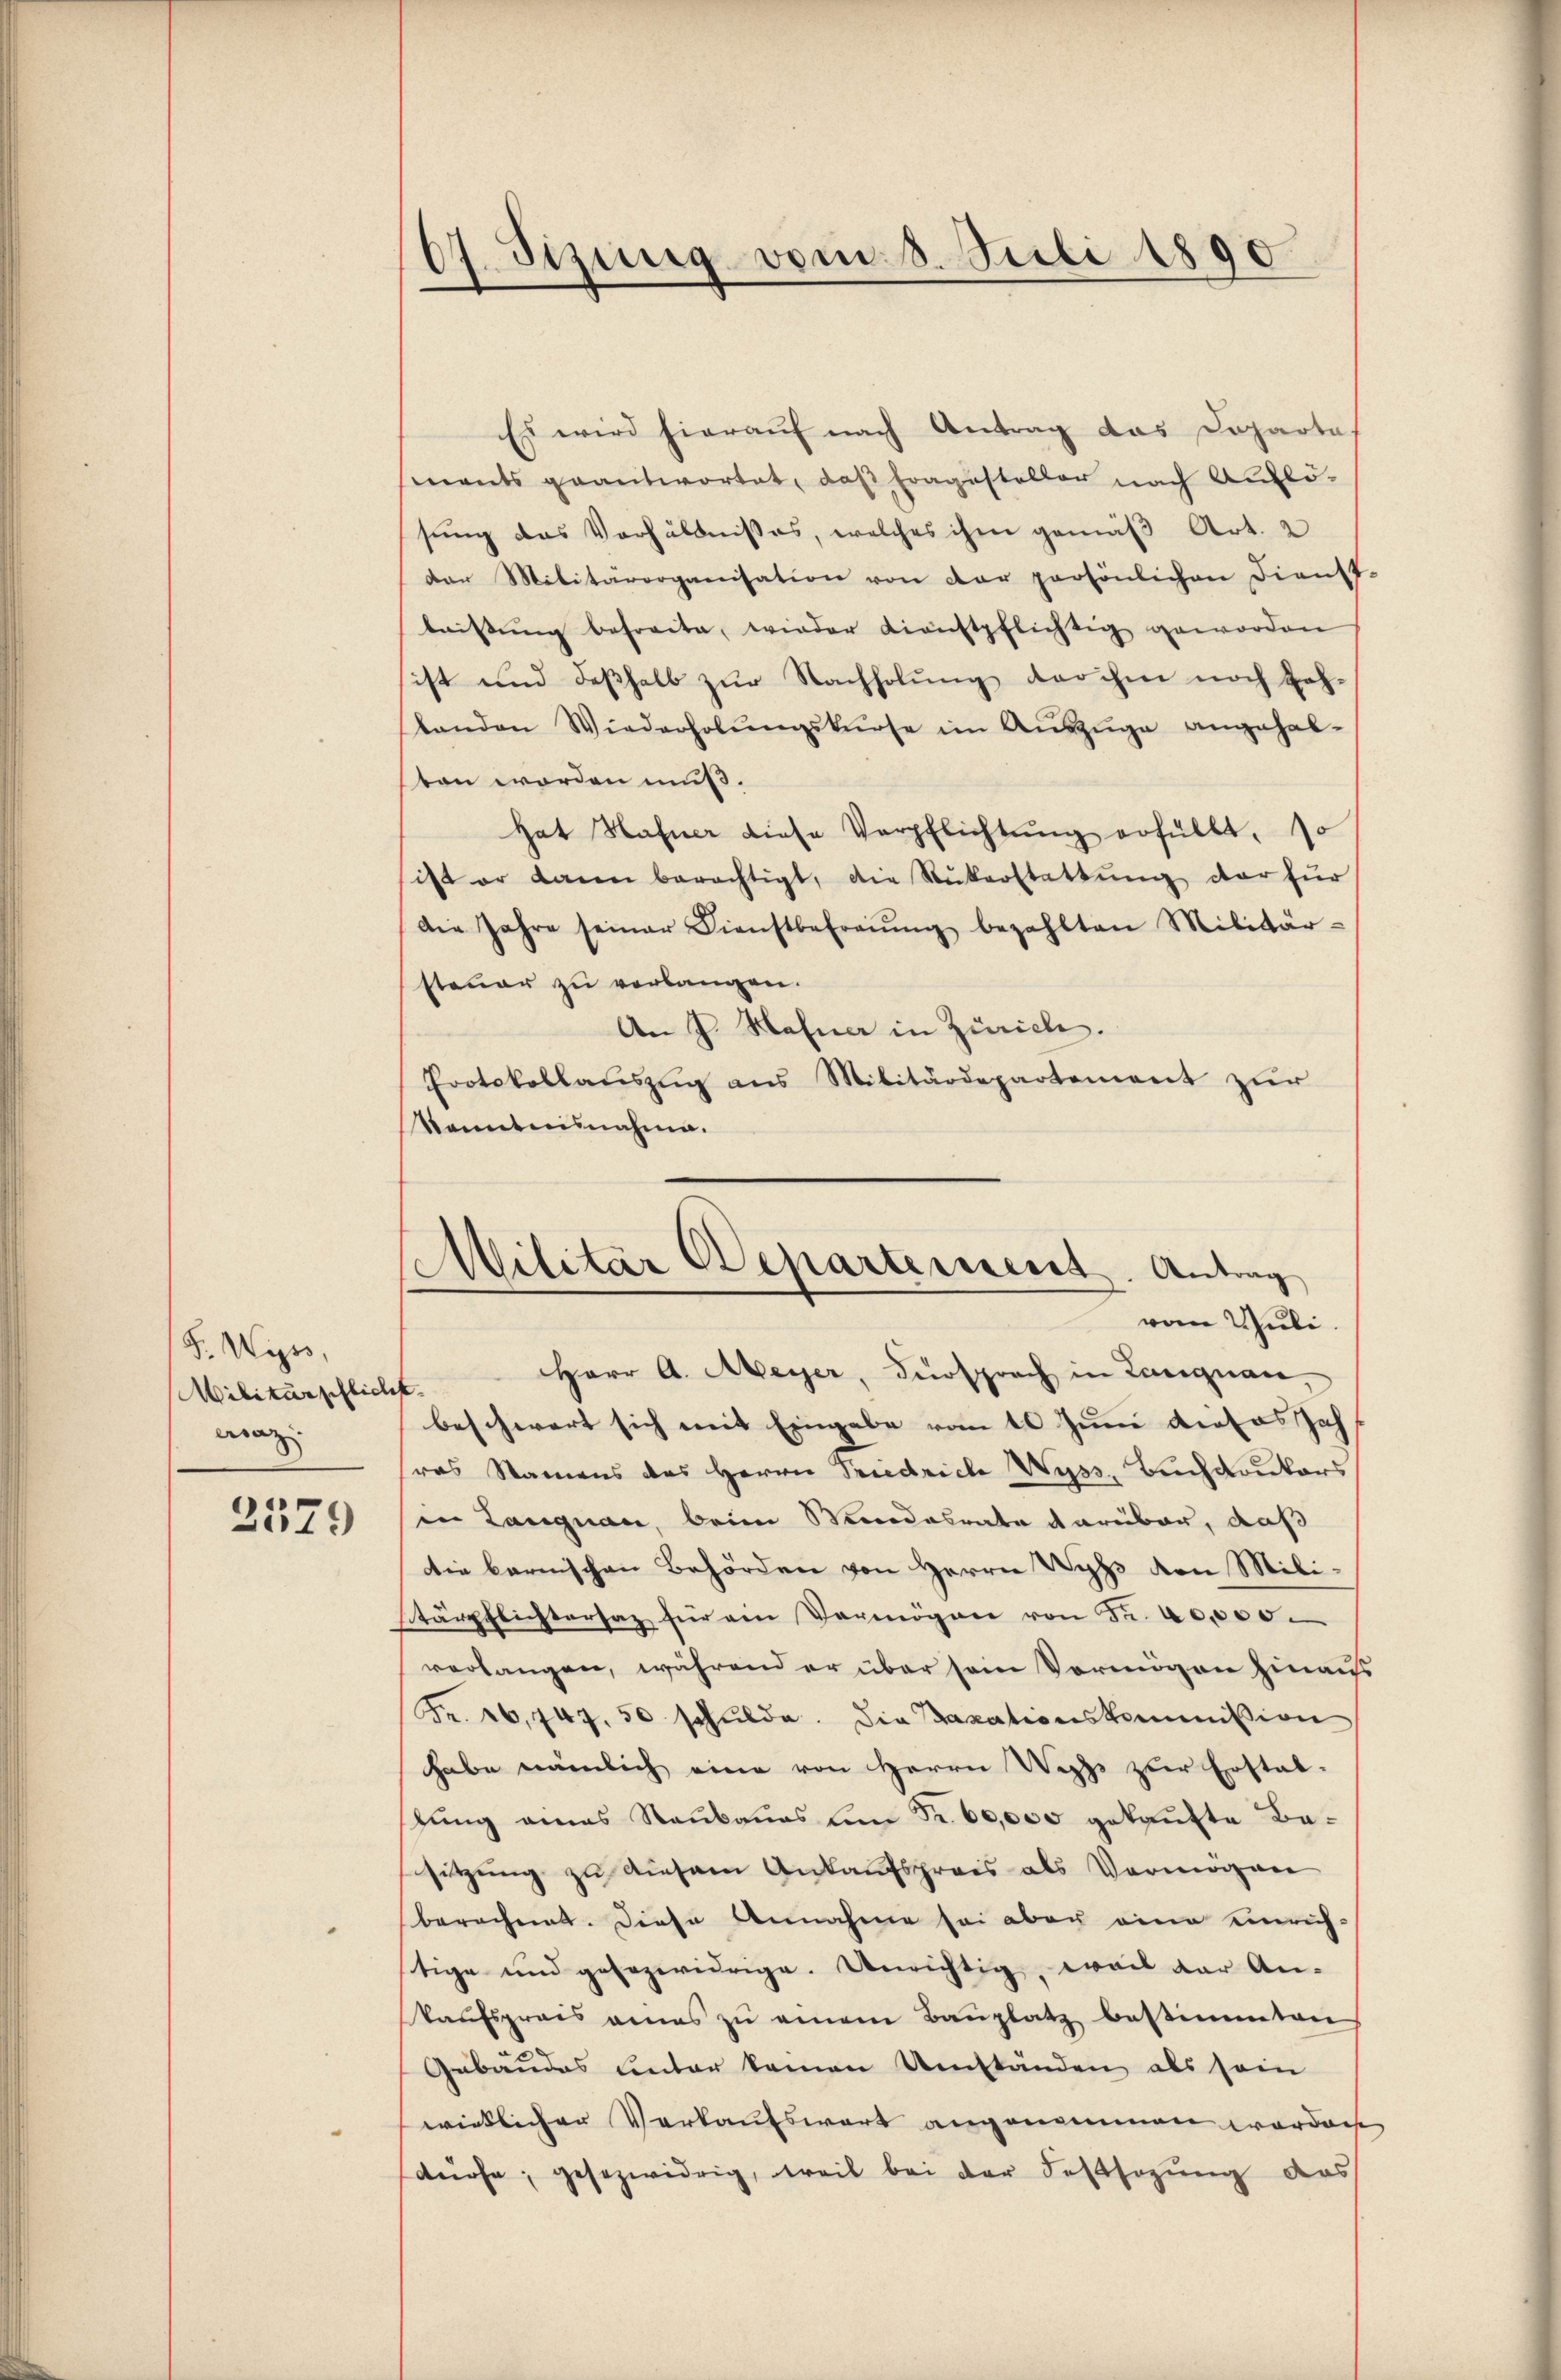
F. Wyss,
Militärpflich
waz.

2579

67. Sizung vom 8. Juli 1890

Es wird hierauf nach Antrag das Departa
ments geantwortet, daß Fragesteller nach Auflö-
sŭng das Verhältnisses, welches ihm gemäβ Art. 2
der Militärorganisation von der persönlichen Dienst.
leistŭng befreite, wieder dienstpflichtig geworden
ist und deßhalb zŭr Nachholŭng der ihm noch Zah-
landen Wiederholŭngskurse im Auszüge angehal-
ton worden muß.
Hat Hafner diese Verpflichtŭng erfüllt, so
sist er dann berechtigt, die Rükerstattŭng der für
Die Jahre seiner Dienstbefreŭng bezahlten Militär-
steuer zu verlangen.
An J. Hafner in Zürich.
Protokollaŭszŭg ans Militärdepartement zŭr
kenntnisnahme.
Herr A. Meyer, Fürsprach in Langnau,
f
beschwert sich mit Eingabe vom 10 Juni dieses Jah
ras Namens des Herrn Priedriche Wyss, Buchdrukers
in Langnau, beim Standesrate darüber, daß
Die bernischen Behörden von Herrn Wyss von Mili¬
Stärpflichtersaz für an Vermögen von Fr. 40000.
verlangen, während er über sein Vermögen hinaus
Fr. 26,447. 50 schulde. Die Taxationskommission
habe nämlich eine von Herrn Wechs zur Erstal-
lung eines Raubaues um Fr. 60,000 gekaufte Be-
sitzung zu diesem Ankaufspreis als Vermögen
berechnet. Diese Annahme sei aber eine einrichstige und gesezwidrige. Unrichtig, weil der An-
kaufspreis eines zŭ einem Bauplatz bestimmten
Gebäudes unter keinen Umständen als sein
wirklicher Verkaufswert angenommen worden
dürfe, gesezwidrig, weil bei der Festsezung des

Militär Departement. Antrag
vom Juli.